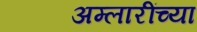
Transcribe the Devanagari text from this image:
अम्लारींच्या